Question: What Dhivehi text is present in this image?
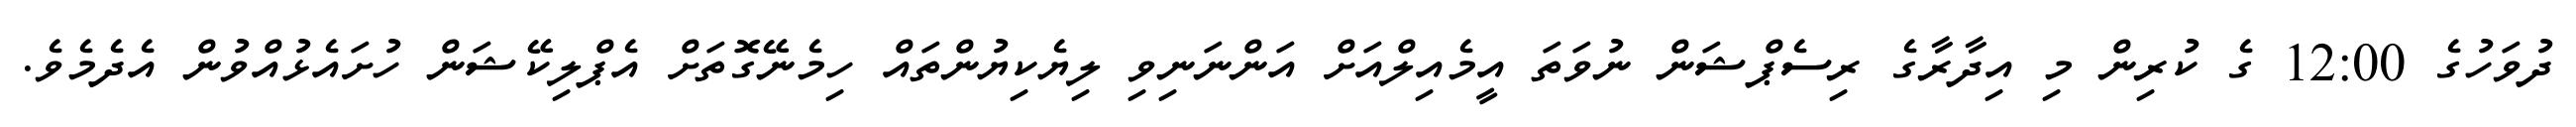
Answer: ދުވަހުގެ 12:00 ގެ ކުރިން މި އިދާރާގެ ރިސެޕްޝަން ނުވަތަ އީމެއިލްއަށް އަންނަނިވި ލިޔެކިޔުންތައް ހިމެނޭގޮތަށް އެޕްލިކޭޝަން ހުށައެޅުއްވުން އެދެމެވެ.